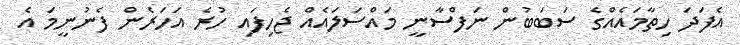
އެފަދަ ހިތާމައެއްގެ ސަބަބުން ނަފްސާނީ މައްސަލައެއް ޖެހިފައި ހުރެ އަހަރެން ފެނުނީމަ އެ